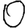
Digit: 0